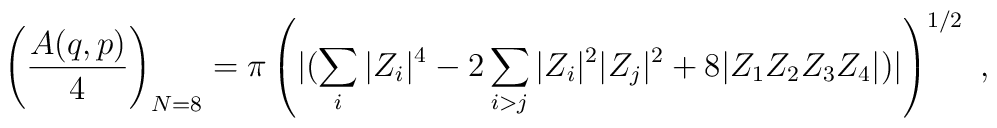
\left ({A(q,p) \over 4}\right )_{N=8}= \pi \left( {  |(\sum\limits_i |Z_i|^4 -2\sum\limits_{i>j} |Z_i|^2 |Z_j|^2 + 8|Z_1 Z_2 Z_3 Z_4| })| \right)^{1/2}\ ,